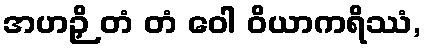
အဟဉှိ တံ တံ ဝေါ ဝိယာကရိဿံ,